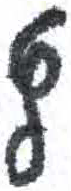
אות: ץ